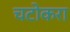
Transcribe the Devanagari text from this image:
चटोकरा